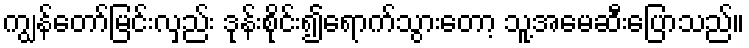
ကျွန်တော်မြင်းလှည်း ဒုန်းစိုင်း၍ရောက်သွားတော့ သူ့အမေဆီးပြောသည်။